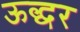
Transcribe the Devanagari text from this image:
ऊद्धर